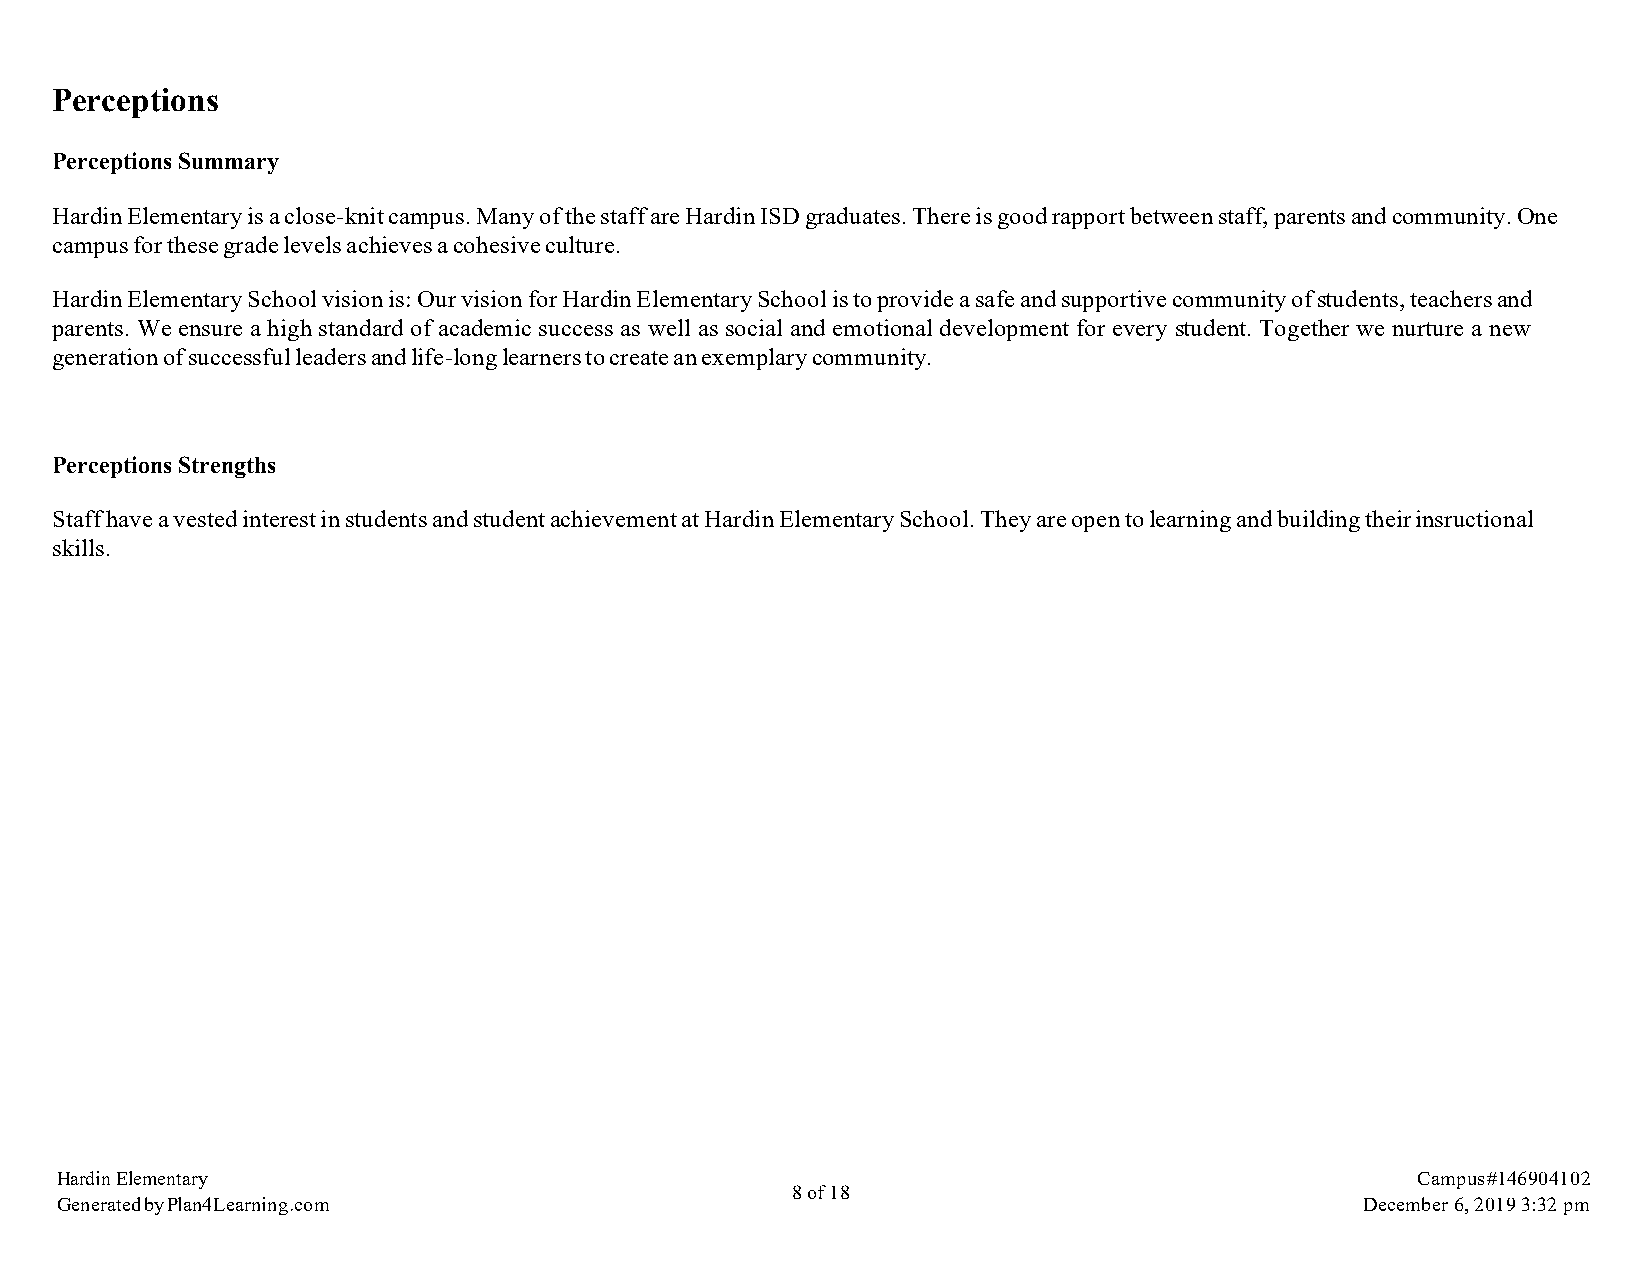
Perceptions
 Perceptions Summary
 Hardin Elementary is a close-knit campus. Many of the staff are Hardin ISD graduates. There is good rapport between staff, parents and community. One
 campus for these grade levels achieves a cohesive culture.
 Hardin Elementary School vision is: Our vision for Hardin Elementary School is to provide a safe and supportive community of students, teachers and
 parents. We ensure a high standard of academic success as well as social and emotional development for every student. Together we nurture a new
 generation of successful leaders and life-long learners to create an exemplary community.
 Perceptions Strengths
 Staff have a vested interest in students and student achievement at Hardin Elementary School. They are open to learning and building their insructional
 skills.
 Hardin Elementary                                                                         Campus #146904102
 8 of 18
 Generated by Plan4Learning.com                                                        December 6, 2019 3:32 pm